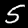
Digit: 5